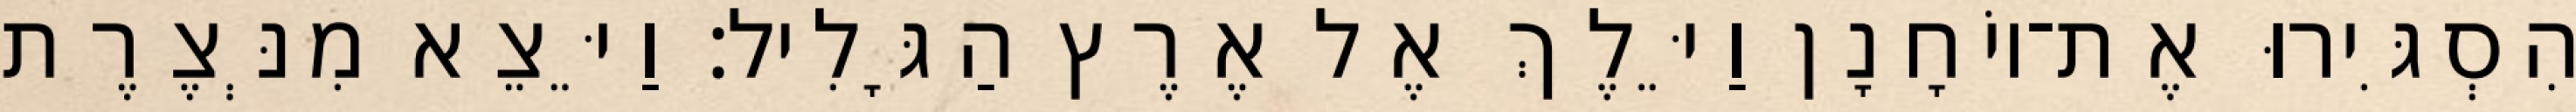
הִסְגִּירוּ אֶת־יוֹחָנָן וַיֵּלֶךְ אֶל אֶרֶץ הַגָּלִיל׃ וַיֵּצֵא מִנְּצֶרֶת